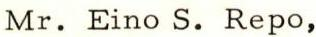
Mr. Eino S. Repo,